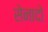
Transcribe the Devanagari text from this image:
सेनादो